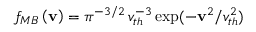
f _ { M B } \left( \mathbf { v } \right) = \pi ^ { - 3 / 2 } \, v _ { t h } ^ { - 3 } \exp ( - \mathbf { v } ^ { 2 } / v _ { t h } ^ { 2 } )